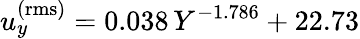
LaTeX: u_{y}^{\mathrm{(rms)}}=0.038\, Y^{-1.786}+22.73